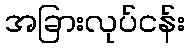
အခြားလုပ်ငန်း